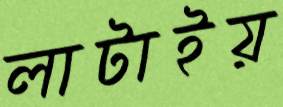
লাটাইয়